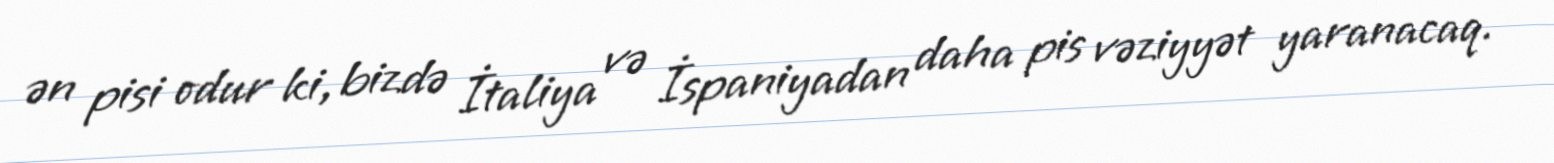
ən pisi odur ki, bizdə İtaliya və İspaniyadan daha pis vəziyyət yaranacaq.